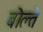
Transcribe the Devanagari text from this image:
बोल्ते